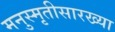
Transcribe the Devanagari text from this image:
मनुस्मृतीसारख्या